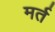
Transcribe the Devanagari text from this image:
मर्त